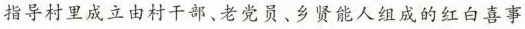
指导村里成立由村干部、老党员、乡贤能人组成的红白喜事